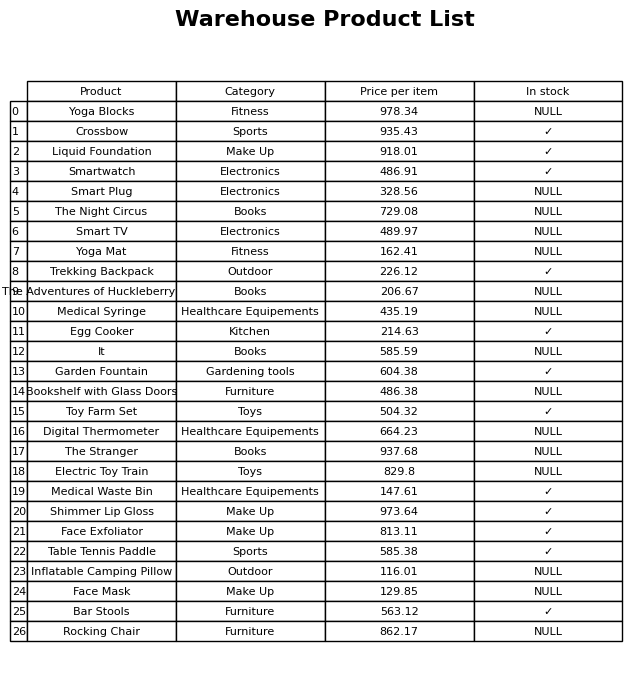
question: What is the price for Crossbow?
answer: The price of Crossbow is 935.43.